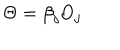
\Theta = \beta _ { j } \mathrm { O } _ { j }